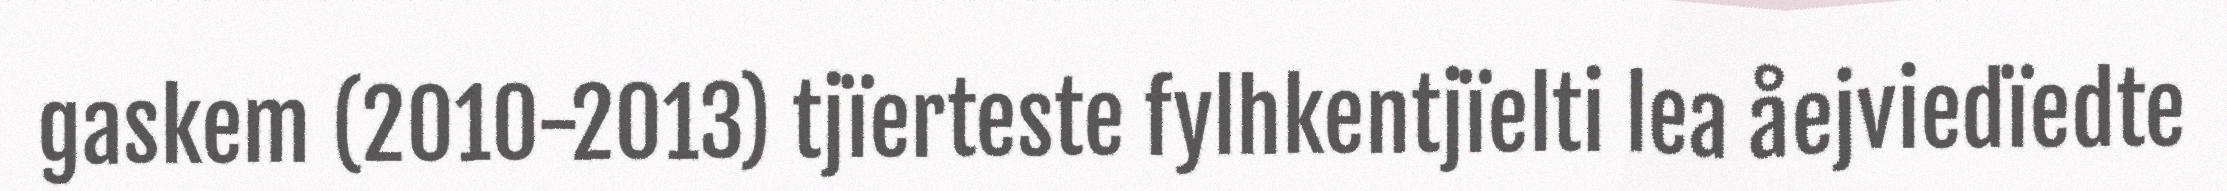
gaskem (2010-2013) tjïerteste fylhkentjïelti lea åejviedïedte